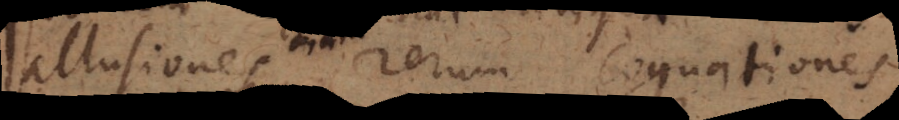
allusiones rerum cognationes